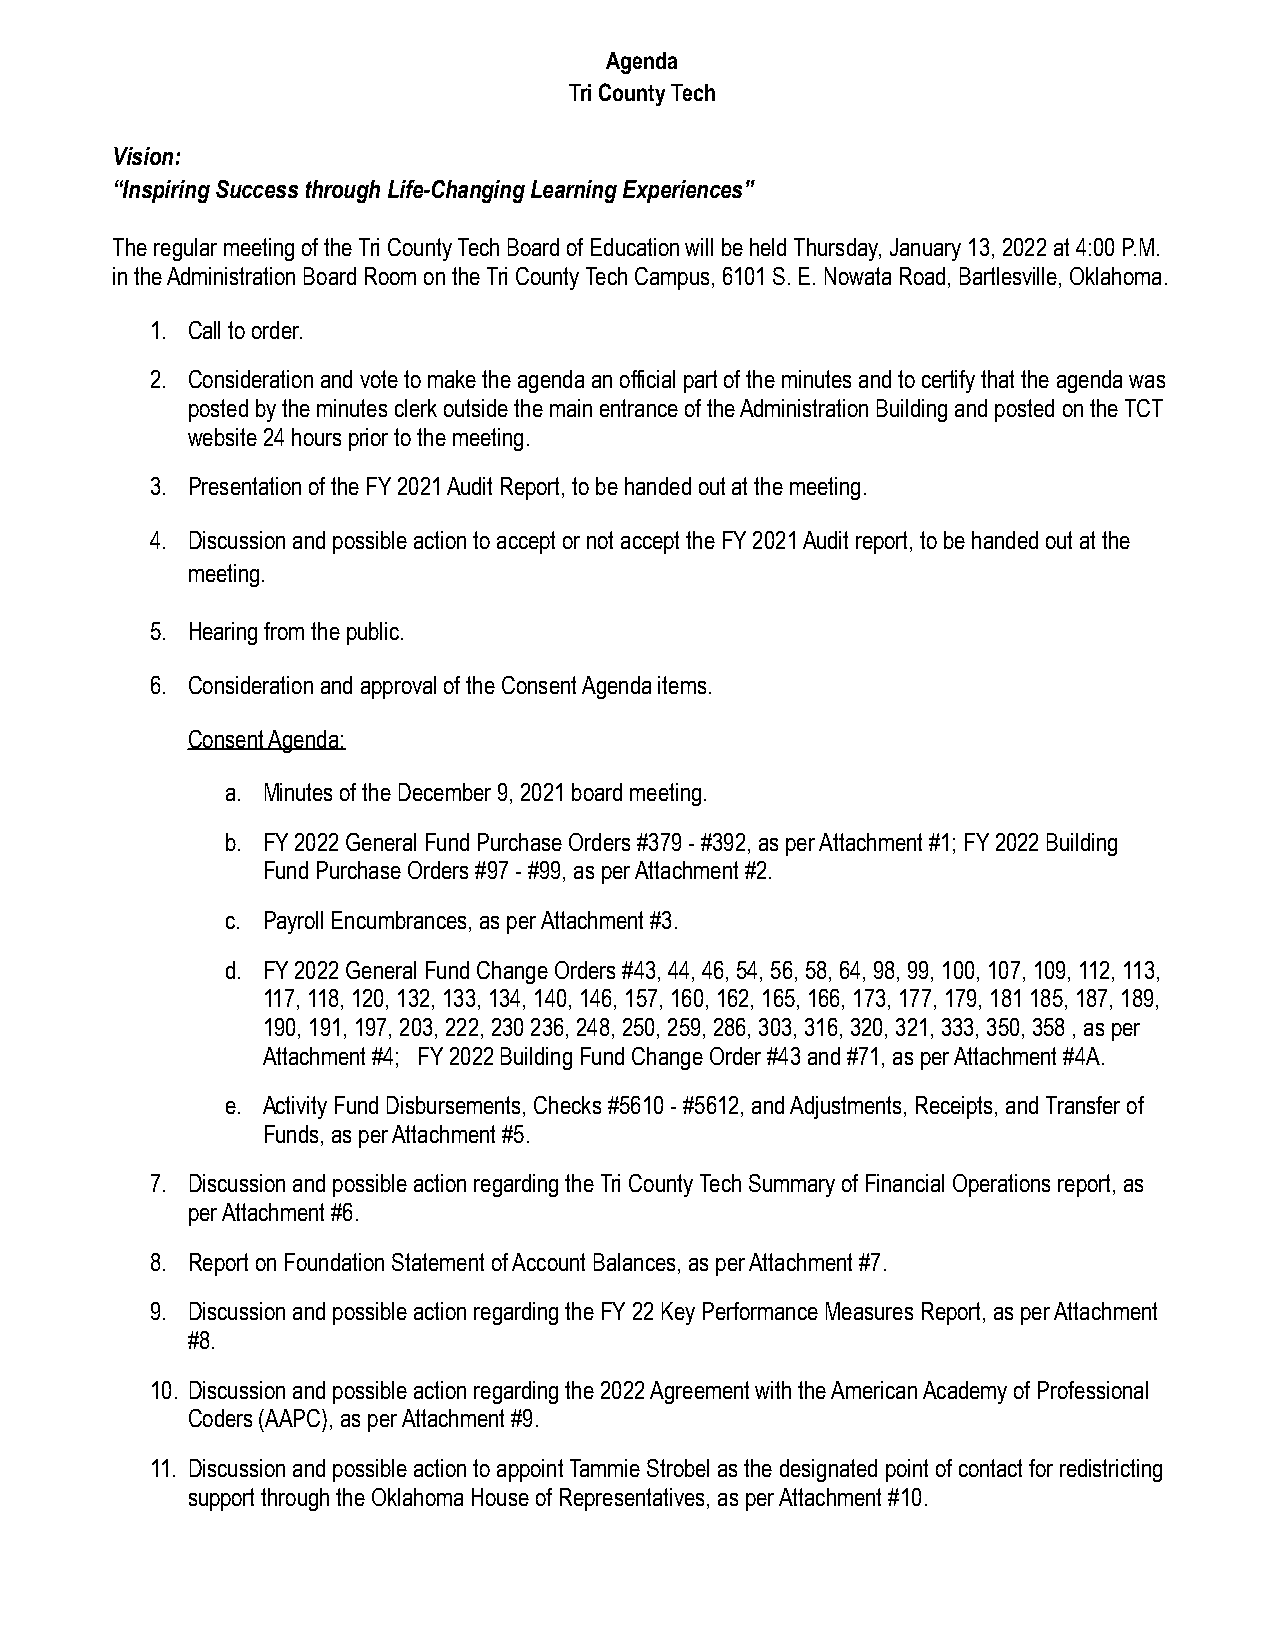
Agenda
 Tri County Tech
 Vision:
 “Inspiring Success through Life-Changing Learning Experiences”
 The regular meeting of the Tri County Tech Board of Education will be held Thursday, January 13, 2022 at 4:00 P.M.
 in the Administration Board Room on the Tri County Tech Campus, 6101 S. E. Nowata Road, Bartlesville, Oklahoma.
 1. Call to order.
 2. Consideration and vote to make the agenda an official part of the minutes and to certify that the agenda was
 posted by the minutes clerk outside the main entrance of the Administration Building and posted on the TCT
 website 24 hours prior to the meeting.
 3. Presentation of the FY 2021 Audit Report, to be handed out at the meeting.
 4. Discussion and possible action to accept or not accept the FY 2021 Audit report, to be handed out at the
 meeting.
 5. Hearing from the public.
 6. Consideration and approval of the Consent Agenda items.
 Consent Agenda:
 a. Minutes of the December 9, 2021 board meeting.
 b. FY 2022 General Fund Purchase Orders #379 - #392, as per Attachment #1; FY 2022 Building
 Fund Purchase Orders #97 - #99, as per Attachment #2.
 c. Payroll Encumbrances, as per Attachment #3.
 d. FY 2022 General Fund Change Orders #43, 44, 46, 54, 56, 58, 64, 98, 99, 100, 107, 109, 112, 113,
 117, 118, 120, 132, 133, 134, 140, 146, 157, 160, 162, 165, 166, 173, 177, 179, 181 185, 187, 189,
 190, 191, 197, 203, 222, 230 236, 248, 250, 259, 286, 303, 316, 320, 321, 333, 350, 358 , as per
 Attachment #4; FY 2022 Building Fund Change Order #43 and #71, as per Attachment #4A.
 e. Activity Fund Disbursements, Checks #5610 - #5612, and Adjustments, Receipts, and Transfer of
 Funds, as per Attachment #5.
 7. Discussion and possible action regarding the Tri County Tech Summary of Financial Operations report, as
 per Attachment #6.
 8. Report on Foundation Statement of Account Balances, as per Attachment #7.
 9. Discussion and possible action regarding the FY 22 Key Performance Measures Report, as per Attachment
 #8.
 10. Discussion and possible action regarding the 2022 Agreement with the American Academy of Professional
 Coders (AAPC), as per Attachment #9.
 11. Discussion and possible action to appoint Tammie Strobel as the designated point of contact for redistricting
 support through the Oklahoma House of Representatives, as per Attachment #10.